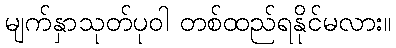
မျက်နှာသုတ်ပုဝါ တစ်ထည်ရနိုင်မလား။